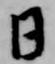
日